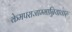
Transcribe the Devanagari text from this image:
केमपराजाम्मान्नियावारु